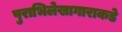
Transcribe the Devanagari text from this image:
पुराभिलेखागाराकडे